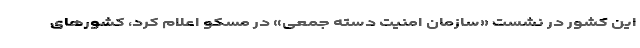
این کشور در نشست «سازمان امنیت دسته جمعی» در مسکو اعلام کرد، کشورهای